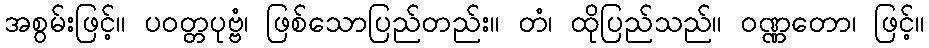
အစွမ်းဖြင့်။ ပဝတ္တပုဗ္ဗံ၊ ဖြစ်သောပြည်တည်း။ တံ၊ ထိုပြည်သည်။ ဝဏ္ဏတော၊ ဖြင့်။